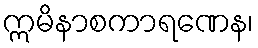
ဣမိနာစကာရဏေန၊